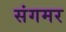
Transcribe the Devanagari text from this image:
संगमर